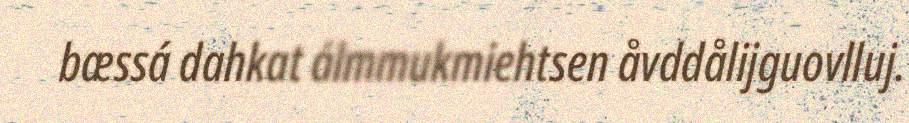
bæssá dahkat álmmukmiehtsen åvddålijguovlluj.